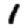
Digit: 1